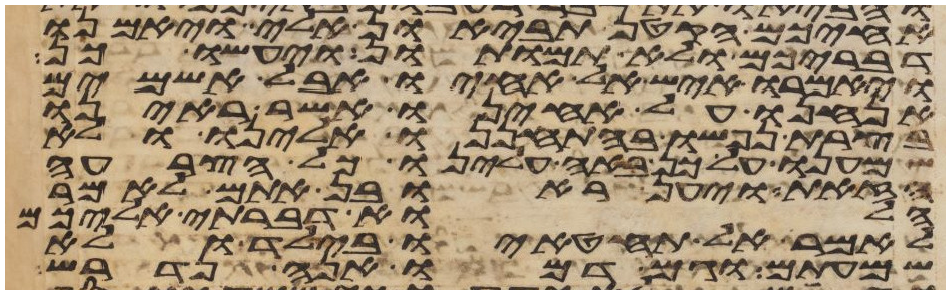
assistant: אחיכם הקטן תביאון אלי ויאמנו
דבריכם ולא תמותון ויעשו כן
ויאמרו איש אל אחיו אבל אשמים
אנחנו על אחינו אשר ראינו
בצרת נפשו בהתחננו אלינו ולא
שמענו על כן באה עלינו כל הצרה
הזאת ויען ראובן אתם לאמר
הלוא דברתי אליכם
לאמר אל תחטאו בילד ולא
שמעתים וגם דמו הנה נדרש